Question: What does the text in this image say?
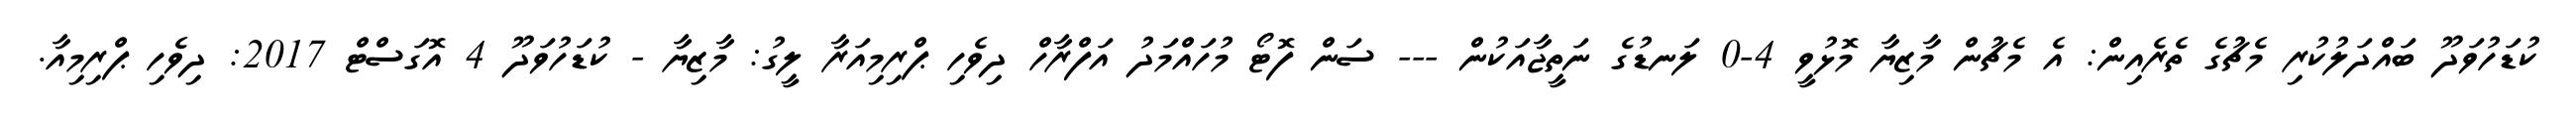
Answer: ކުޑަހުވަދޫ ބައްދަލުކުރި މެޗުގެ ތެރެއިން: އެ މެޗުން މާޒިޔާ މޮޅުވީ 4-0 ލަނޑުގެ ނަތީޖާއަކުން --- ސަން ފޮޓޯ މުހައްމަދު އަފްރާހް ދިވެހި ޕްރިމިއަރާ ލީގު: މާޒިޔާ - ކުޑަހުވަދޫ 4 އޮގަސްޓް 2017: ދިވެހި ޕްރިމިއާ.